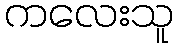
ကလေးသူ